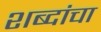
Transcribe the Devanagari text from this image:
शब्दांचा